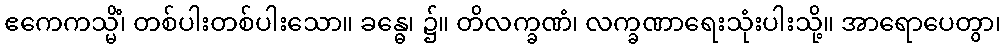
ဧကေကသ္မိံ၊ တစ်ပါးတစ်ပါးသော။ ခန္ဓေ၊ ၌။ တိလက္ခဏံ၊ လက္ခဏာရေးသုံးပါးသို့။ အာရောပေတွာ၊